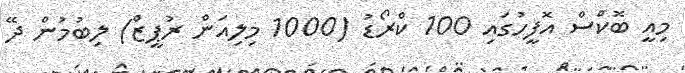
މިއީ ބޮކްސް އޮފީހުގައި 100 ކްރޯޑު (1000 މިލިއަން ރުޕީޒް) ލިބުމުން ދޭ